Annual returns of the Patna Lunatic Asylum at Bankipore in Bihar and Orissa - 1912-1924
Year: 1912
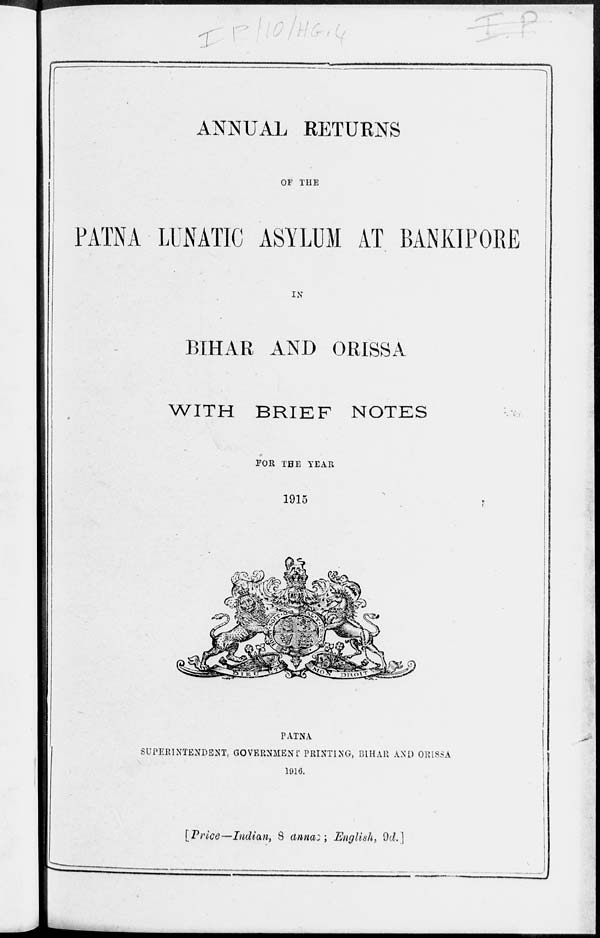
ANNUAL RETURNS
OF THE
PATNA LUNATIC ASYLUM AT BANKIPORE
IN
BIHAR AND ORISSA
WITH BRIEF NOTES
FOR THE YEAR
1915
PATNA
SUPERINTENDENT, GOVERNMENT PRINTING, BIHAR AND ORISSA
1916.
[Price—Indian, 8 annas ; English, 9d.]